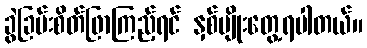
ခွဲခြမ်းစိတ်ဖြာကြည့်ရင် နှစ်မျိုးတွေ့ရပါတယ်။